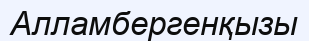
Алламбергенқызы